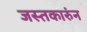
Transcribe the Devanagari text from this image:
जस्तकारुंन